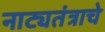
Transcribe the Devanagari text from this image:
नाट्यतंत्राचे